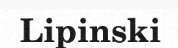
Lipinski